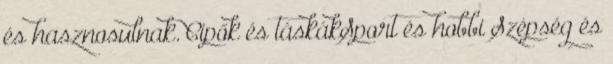
és hasznosulnak. Cipők és táskákSport és hobbi Szépség és